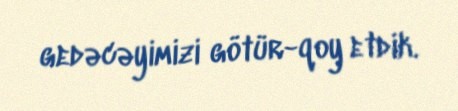
gedəcəyimizi götür-qoy etdik.